Tartu_Linna_ja_Maakonna_Kaitseliit, lk 11
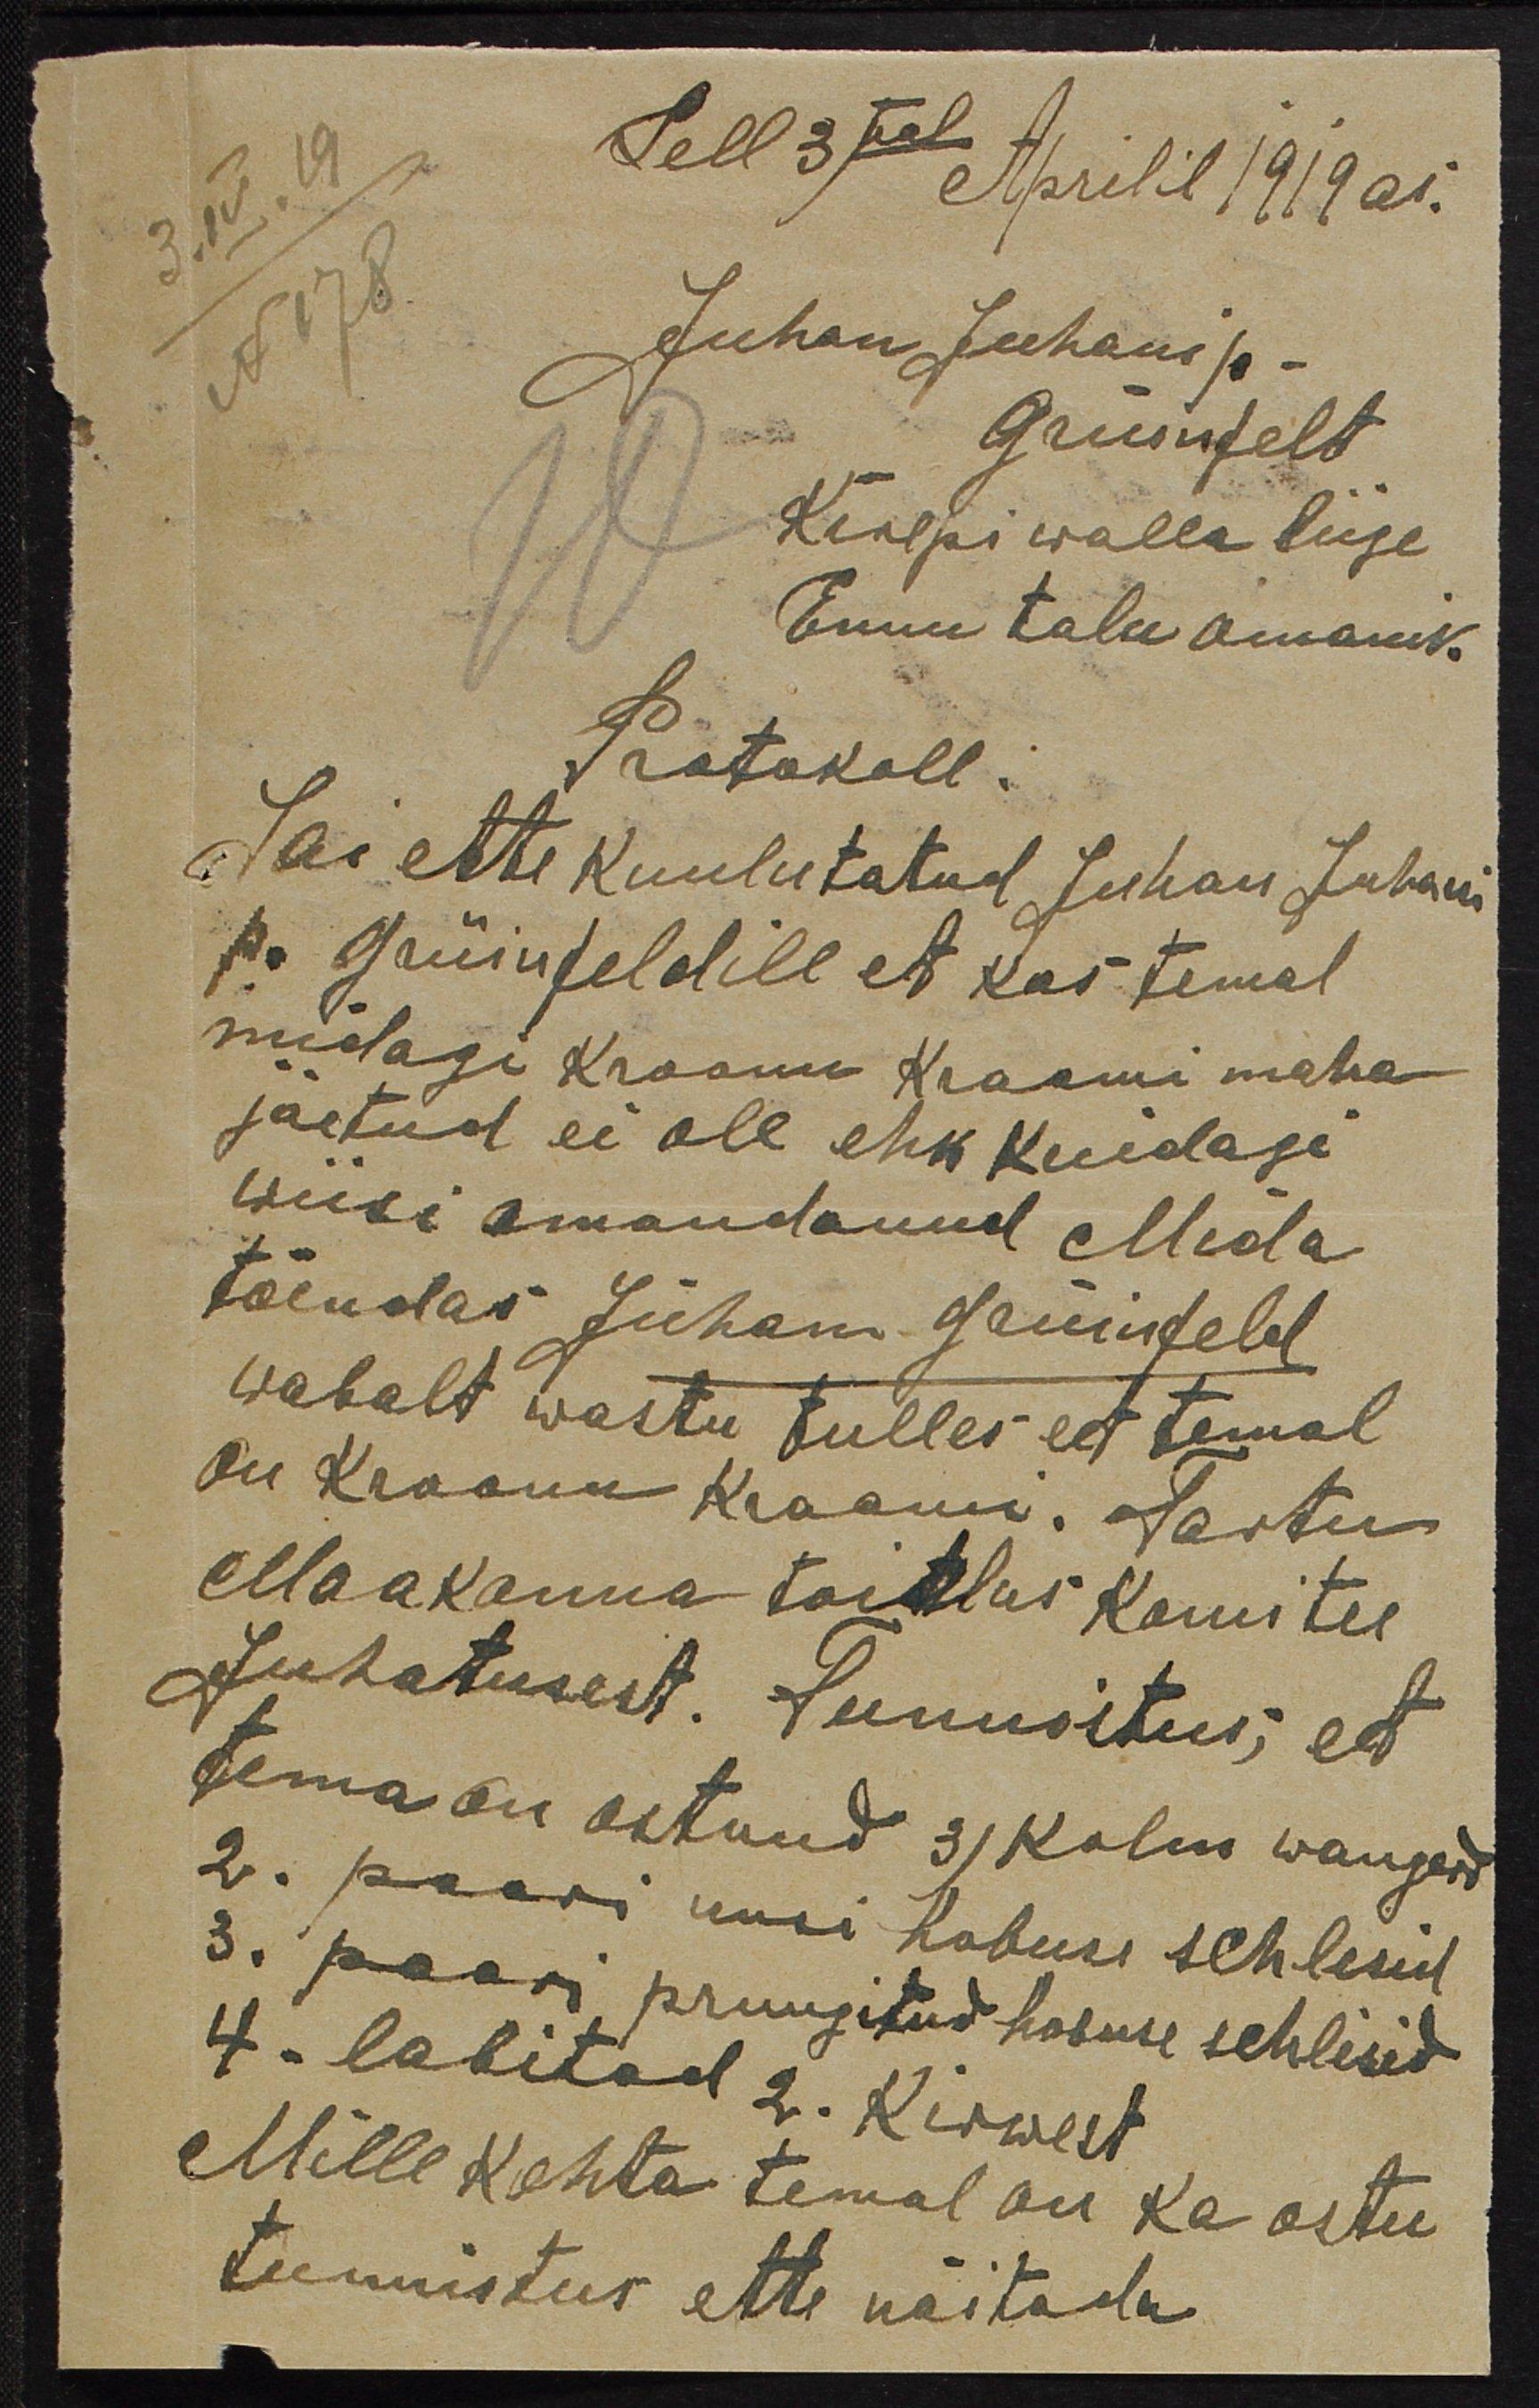
3.IV.19
Sell 3mal Aprilil 1919 as.
N 178
Juhan Juhani p.
Grüinfelt
Kanepi walla liige
Ennu talu omanik.
Protokoll.
Sai ette kuulutatud Juhan Juhani
p. Grüinfeldile et kas temal
midagi Kroonu Kraami maha
jäetud ei ole ehk kuidagi
wiisi omandanud Mida
tõendas Juhan Grüinfeld
wabalt wastu tulles eet temal
on Kroonu Kraami. Tartu
Maakonna toitlus komitee
Juhatusest. Tunnisitus, et
tema on ostnud 3 / kolm wangerd
2. paari uusi hobuse schlerid
3. paari pruugitud hobuse schlerid
4. labitad 2. Kirwest
Mille kohta temal on ka ostu
tunnistus ette näitada